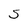
Character: S